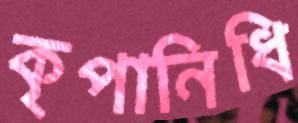
কৃপানিধি